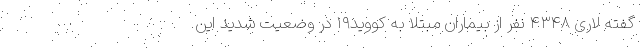
گفته‌ لاری ۴۳۴۸ نفر از بیماران مبتلا به کووید۱۹ در وضعیت شدید این